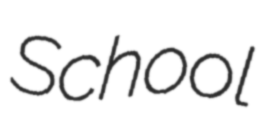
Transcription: School